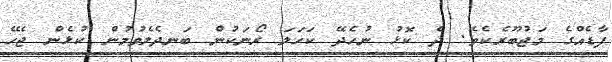
ފާޑެއްގެ މަޖުބޫރެކެވެ. ދެ ކޮޅު ނުހެދޭ ކަހަލަ ރޯނަކުން ބަނދެލެވުމުން ކުޅެން ޖެހޭ